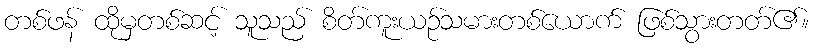
တစ်ဖန် ထိုမှတစ်ဆင့် သူသည် စိတ်ကူးယဉ်သမားတစ်ယောက် ဖြစ်သွားတတ်၏။